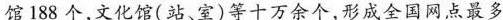
馆188个，文化馆(站、室)等十万余个，形成全国网点最多